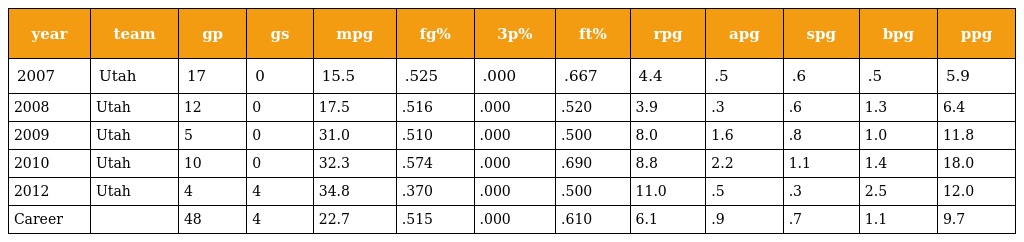
| year | team | gp | gs | mpg | fg% | 3p% | ft% | rpg | apg | spg | bpg | ppg |
 | --- | --- | --- | --- | --- | --- | --- | --- | --- | --- | --- | --- | --- |
 | 2007 | Utah | 17 | 0 | 15.5 | .525 | .000 | .667 | 4.4 | .5 | .6 | .5 | 5.9 |
 | 2008 | Utah | 12 | 0 | 17.5 | .516 | .000 | .520 | 3.9 | .3 | .6 | 1.3 | 6.4 |
 | 2009 | Utah | 5 | 0 | 31.0 | .510 | .000 | .500 | 8.0 | 1.6 | .8 | 1.0 | 11.8 |
 | 2010 | Utah | 10 | 0 | 32.3 | .574 | .000 | .690 | 8.8 | 2.2 | 1.1 | 1.4 | 18.0 |
 | 2012 | Utah | 4 | 4 | 34.8 | .370 | .000 | .500 | 11.0 | .5 | .3 | 2.5 | 12.0 |
 | Career |  | 48 | 4 | 22.7 | .515 | .000 | .610 | 6.1 | .9 | .7 | 1.1 | 9.7 |